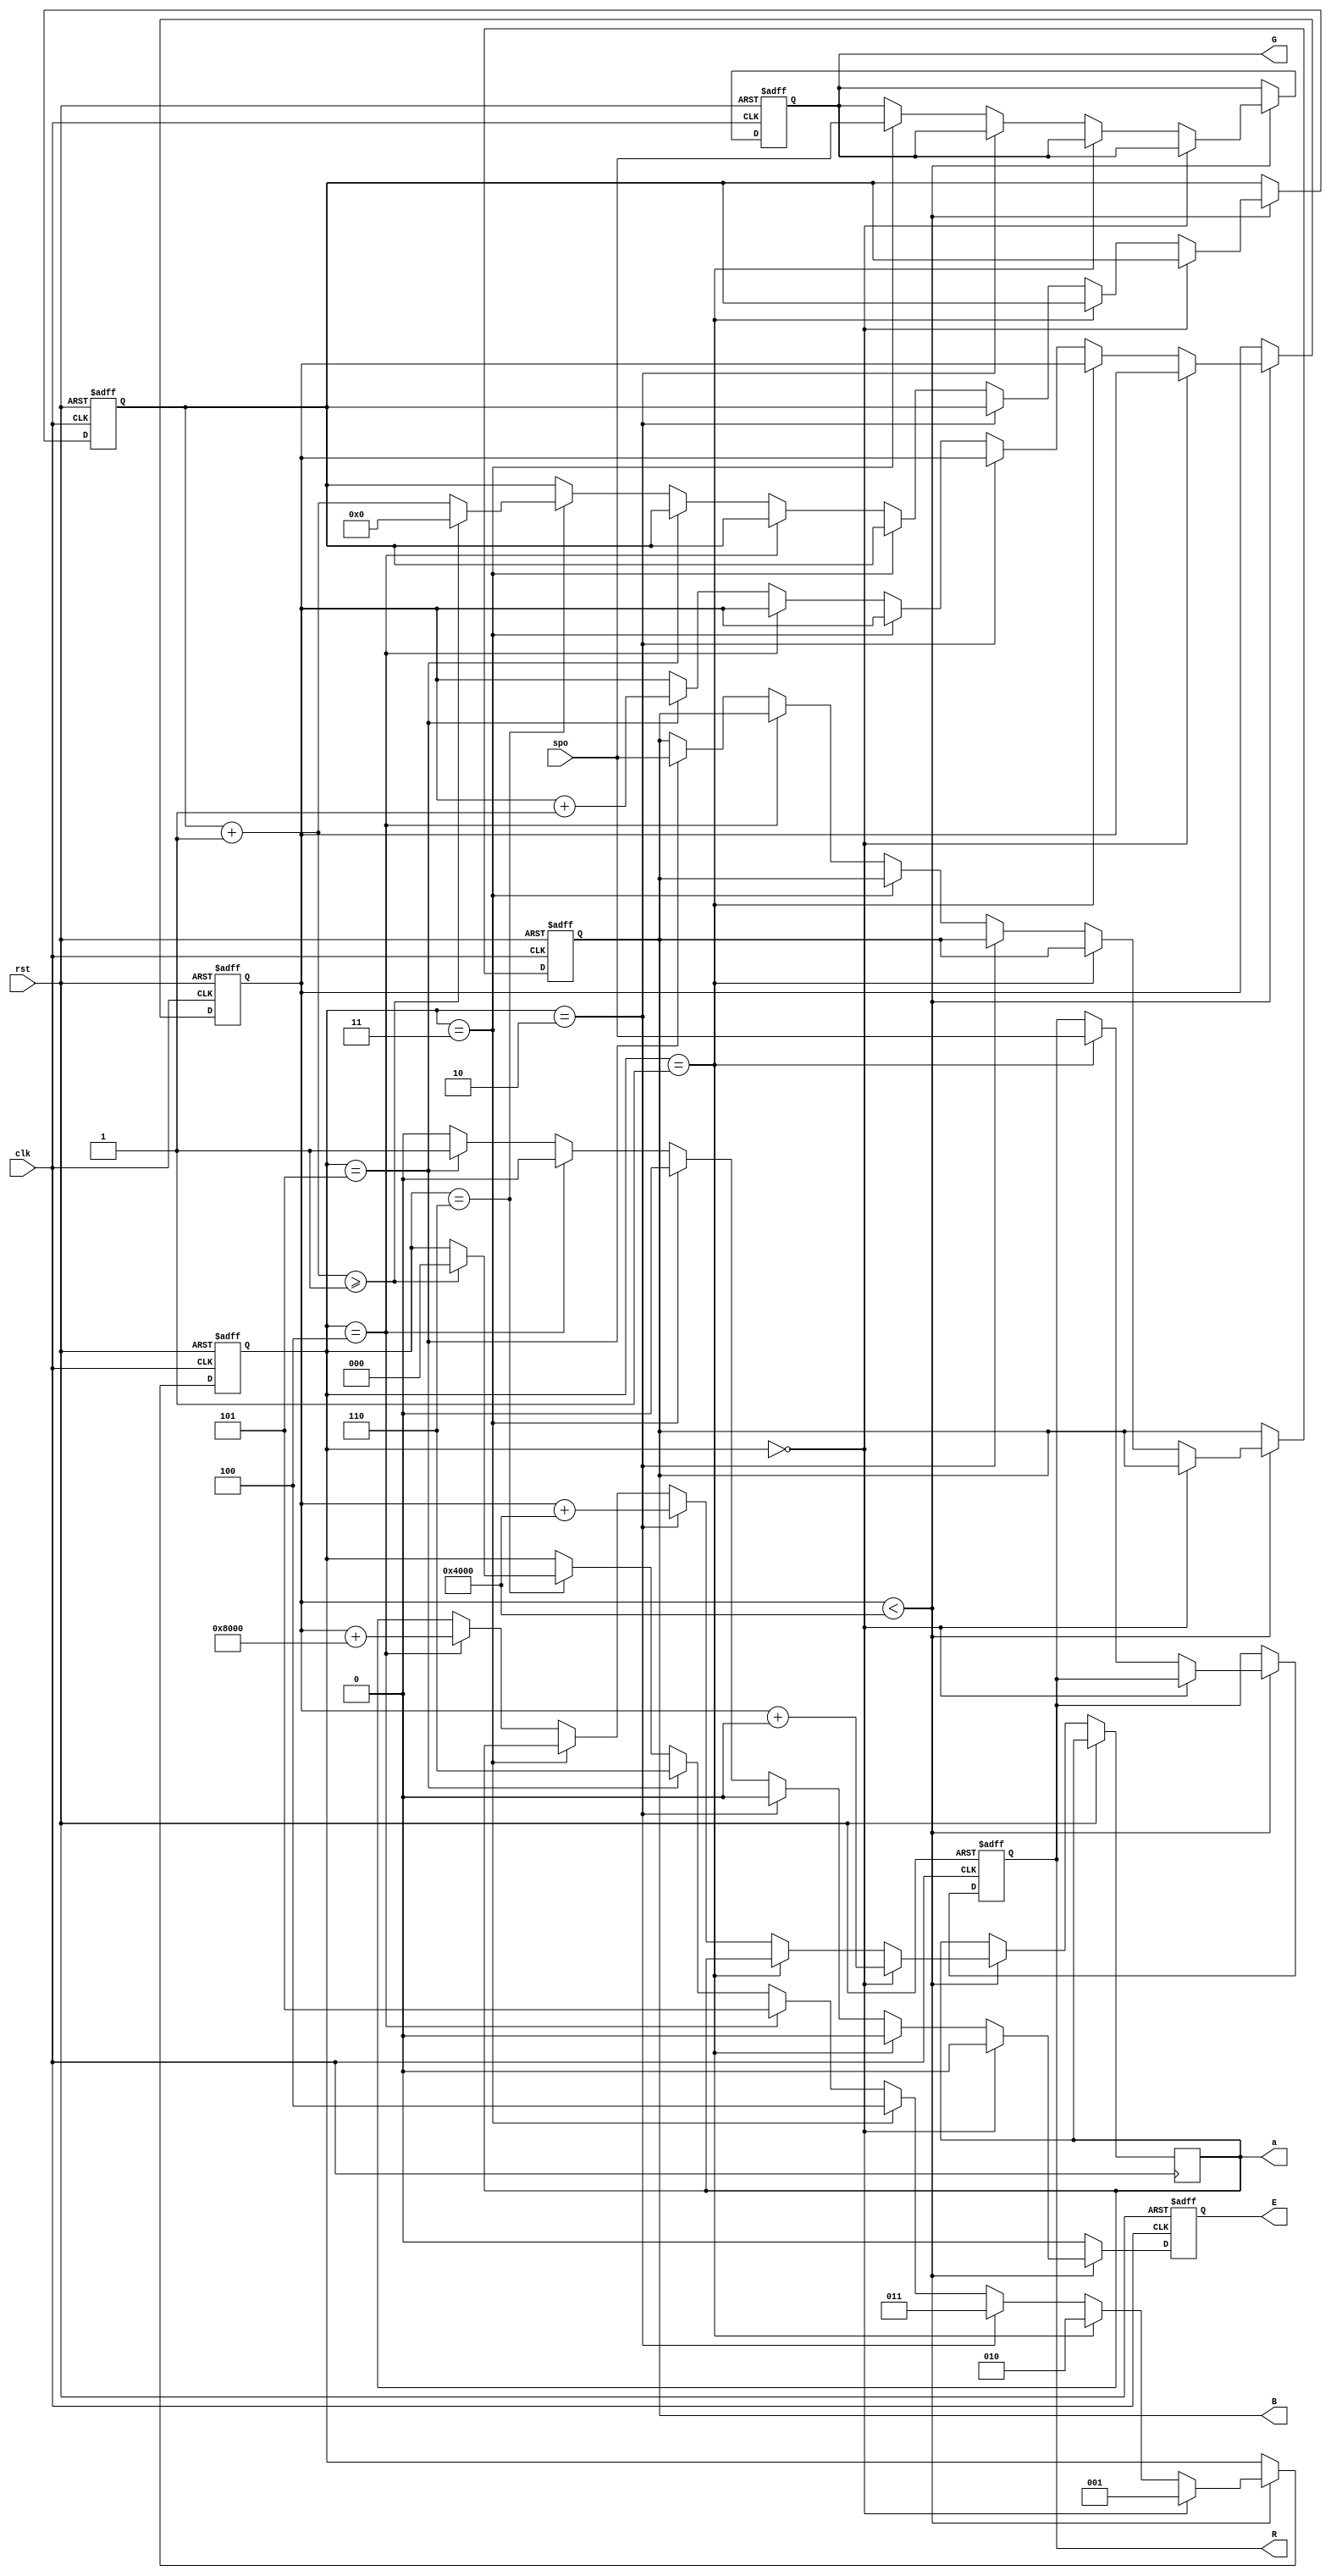
module RLE_RAM_Interface(clk, rst, a, spo, E, R, G, B);
	input clk, rst;
	input [7:0] spo;
	output reg E;
	output reg [15:0] a;
	output reg [7:0] R, G, B;
	
	parameter HOLD_CLK = 1;
	reg [15:0] hold_cnt;
	
	parameter RBA = 0, GBA = 16384, BBA = 32768;
	reg [14:0] offset;
	
	reg [2:0] state;
	parameter [2:0] r1 = 0, r2 = 1, g1 = 2, g2 = 3, b1 = 4, b2 = 5, hold = 6;
		
	always @ (posedge clk or posedge rst) begin
		if (rst) begin
			E = 0;
			R = 0;
			G = 0;
			B = 0;
			offset = 0;
			state = r1;
			hold_cnt = 0;
		end
		else begin
			E = 0;
			if (offset < GBA) begin
				if (state == r1) begin
					a = offset + RBA;
					state = r2;
				end
				else if (state == r2) begin
					R = spo;
					state = g1;
				end

				else if (state == g1) begin
					a = offset + GBA;
					state = g2;
				end
				else if (state == g2) begin
					G = spo;
					state = b1;
				end
				
				else if (state == b1) begin
					a = offset + BBA;
					state = b2;
				end
				else if (state == b2) begin
					B = spo;
					E = 1;
					offset = offset + 1;					
					state = hold;
				end

				else if (state == hold) begin
					hold_cnt = hold_cnt + 1;
					if (hold_cnt >= HOLD_CLK) begin
						hold_cnt = 0;
						state = r1;
					end
				end				
			end
		end
	end
endmodule